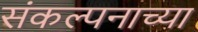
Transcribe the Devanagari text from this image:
संकल्पनाच्या